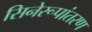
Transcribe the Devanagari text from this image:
सिनेरूपांतरण